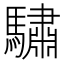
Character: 驌